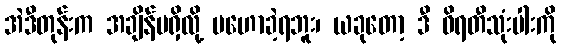
အဲဒီတုန်းက အချိန်မရှိလို့ မဟောခဲ့ရဘူး၊ ယခုတော့ ဒီ ဝိရတီသုံးပါးကို